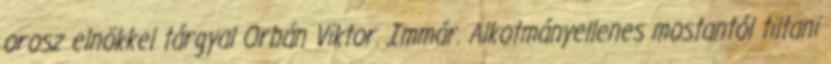
orosz elnökkel tárgyal Orbán Viktor. Immár. Alkotmányellenes mostantól tiltani